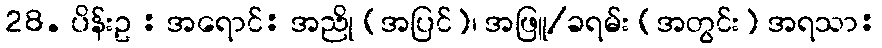
28. ပိန်းဥ : အရောင်: အညို (အပြင်)၊ အဖြူ/ခရမ်း (အတွင်း) အရသာ: